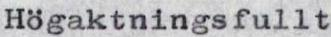
Högaktningsfullt